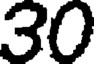
30